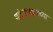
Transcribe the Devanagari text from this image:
यांच्याबद्दलच्या